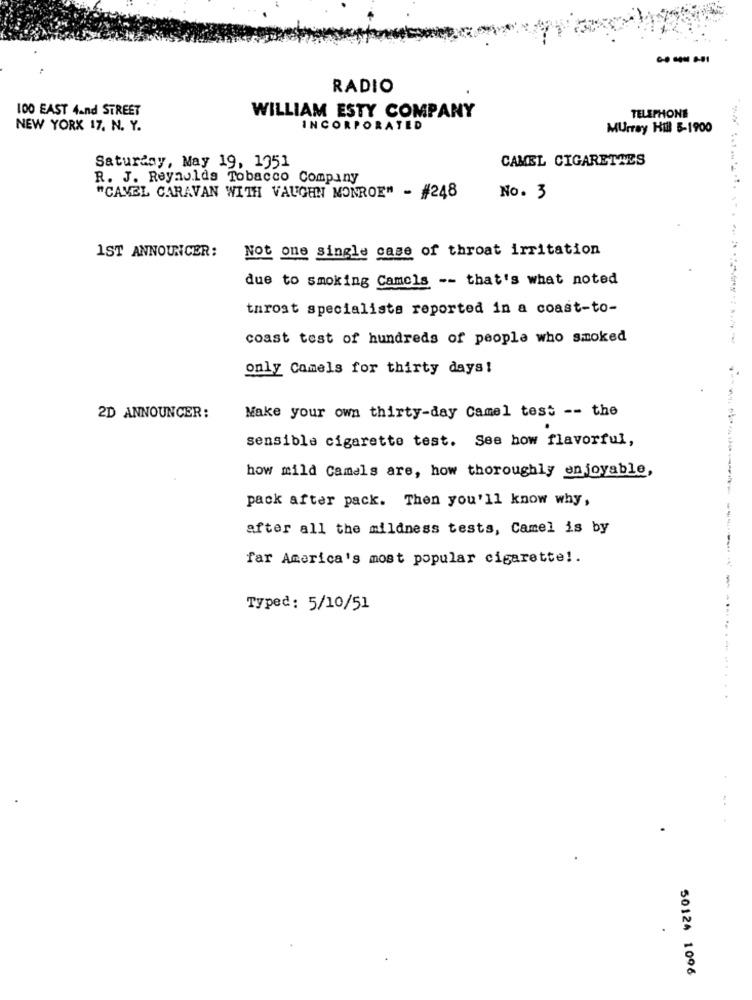
--- 1
RADIO
100 EAST 4and STREET
WILLIAM ESTY COMPANY
TELEPHONE
NEW YORK 17. N. Y.
INCORPORATED
Murray Hill 5-1900
Saturday, May 19, 1951
CAMEL CIGARETTES
R. J. Reynolds Tobacco Company
"CAVEL CARAVAN WITH VAUGHN MONROE" - #248
No. 3
Not one single case of throat irritation
1ST ANNOUNCER:
due to smoking Camels -- that's what noted
throat specialists reported in a coast-to-
coast test of hundreds of people who smoked
only Camels for thirty days!
Make your own thirty-day Camel test -- the
2D ANNOUNCER:
sensible cigarette test. See how flavorful,
how mild Camels are, how thoroughly enjoyable,
pack after pack. Then you'll know why,
after all the mildness tests, Camel is by
far America's most popular cigarette !.
Typed: 5/10/51
50124 1096